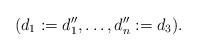
LaTeX: \begin{align*} (d_1:=d_1'', \ldots, d_n'':=d_3).\end{align*}